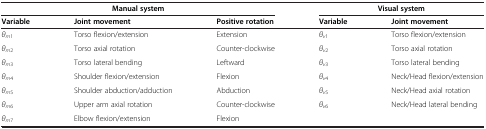
<table><thead><tr><td colspan="3"><b>Manual system</b></td><td colspan="2"><b>Visual system</b></td></tr><tr><td><b>Variable</b></td><td><b>Joint movement</b></td><td><b>Positive rotation</b></td><td><b>Variable</b></td><td><b>Joint movement</b></td></tr></thead><tbody><tr><td><i>θ</i><sub><i>m</i>1</sub></td><td>Torso flexion/extension</td><td>Extension</td><td><i>θ</i><sub><i>v</i>1</sub></td><td>Torso flexion/extension</td></tr><tr><td><i>θ</i><sub><i>m</i>2</sub></td><td>Torso axial rotation</td><td>Counter-clockwise</td><td><i>θ</i><sub><i>v</i>2</sub></td><td>Torso axial rotation</td></tr><tr><td><i>θ</i><sub><i>m</i>3</sub></td><td>Torso lateral bending</td><td>Leftward</td><td><i>θ</i><sub><i>v</i>3</sub></td><td>Torso lateral bending</td></tr><tr><td><i>θ</i><sub><i>m</i>4</sub></td><td>Shoulder flexion/extension</td><td>Flexion</td><td><i>θ</i><sub><i>v</i>4</sub></td><td>Neck/Head flexion/extension</td></tr><tr><td><i>θ</i><sub><i>m</i>5</sub></td><td>Shoulder abduction/adduction</td><td>Abduction</td><td><i>θ</i><sub><i>v</i>5</sub></td><td>Neck/Head axial rotation</td></tr><tr><td><i>θ</i><sub><i>m</i>6</sub></td><td>Upper arm axial rotation</td><td>Counter-clockwise</td><td><i>θ</i><sub><i>v</i>6</sub></td><td>Neck/Head lateral bending</td></tr><tr><td><i>θ</i><sub><i>m</i>7</sub></td><td>Elbow flexion/extension</td><td>Flexion</td><td> </td><td> </td></tr></tbody></table>